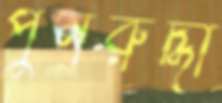
পুনরুদ্ধা